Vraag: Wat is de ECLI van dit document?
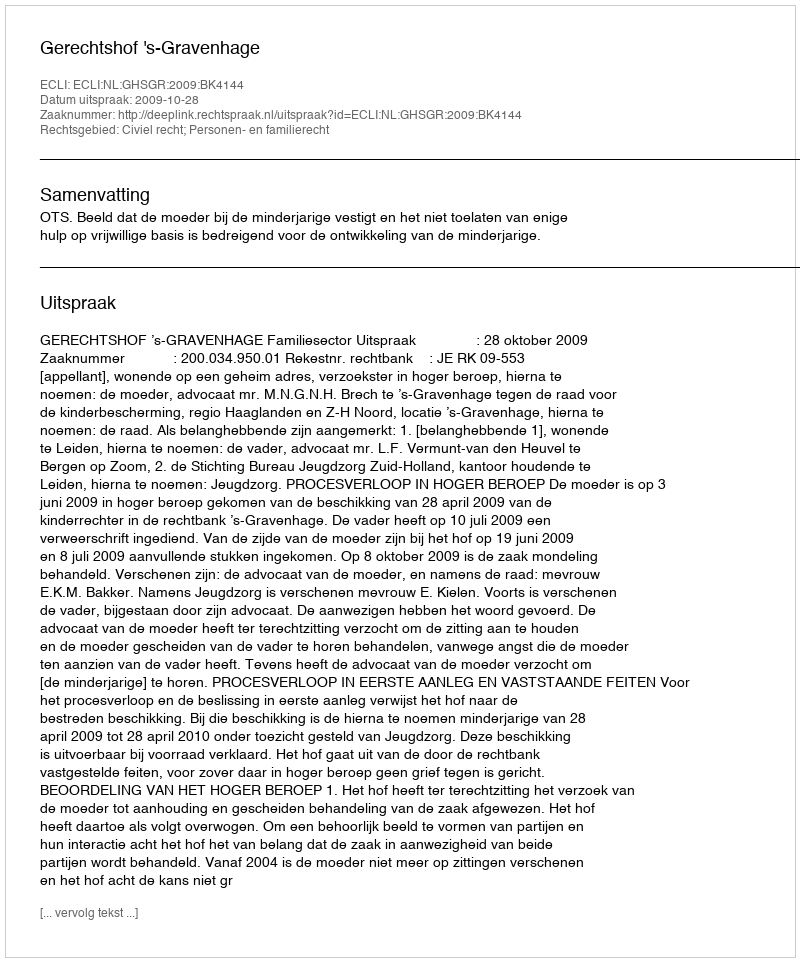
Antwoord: ECLI:NL:GHSGR:2009:BK4144